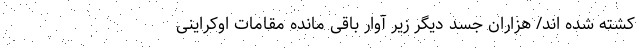
کشته شده اند/ هزاران جسد دیگر زیر آوار باقی مانده مقامات اوکراینی